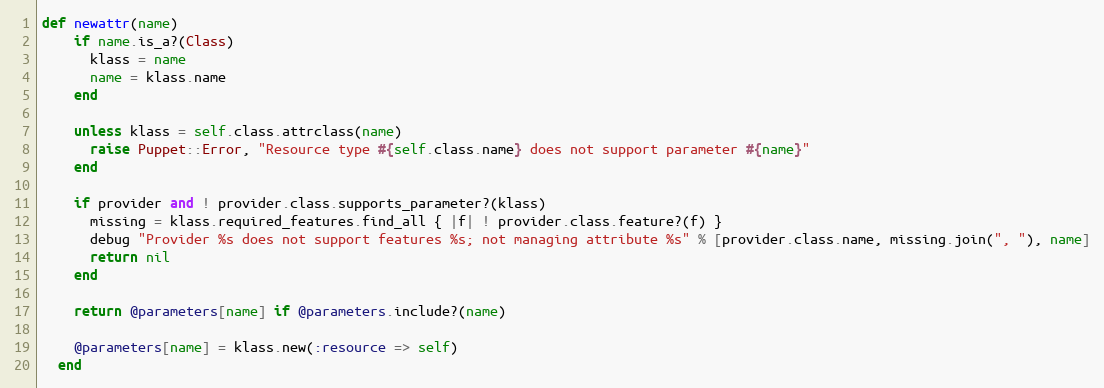
Language: Ruby
def newattr(name)
    if name.is_a?(Class)
      klass = name
      name = klass.name
    end

    unless klass = self.class.attrclass(name)
      raise Puppet::Error, "Resource type #{self.class.name} does not support parameter #{name}"
    end

    if provider and ! provider.class.supports_parameter?(klass)
      missing = klass.required_features.find_all { |f| ! provider.class.feature?(f) }
      debug "Provider %s does not support features %s; not managing attribute %s" % [provider.class.name, missing.join(", "), name]
      return nil
    end

    return @parameters[name] if @parameters.include?(name)

    @parameters[name] = klass.new(:resource => self)
  end